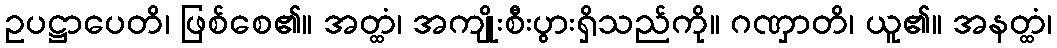
ဥပဋ္ဌာပေတိ၊ ဖြစ်စေ၏။ အတ္ထံ၊ အကျိုးစီးပွားရှိသည်ကို။ ဂဏှာတိ၊ ယူ၏။ အနတ္ထံ၊